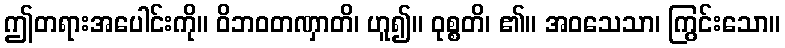
ဤတရားအပေါင်းကို။ ဝိဘဝတဏှာတိ၊ ဟူ၍။ ဝုစ္စတိ၊ ၏။ အဝသေသာ၊ ကြွင်းသော။